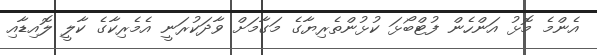
އެންމެ މޮޅު އަންހެން ފުޓްބޯޅަ ކުޅުންތެރިޔާގެ މަގާމަށް ވާދަކުރަނީ އެމެރިކާގެ ކާލީ ލޮއިޑާއި